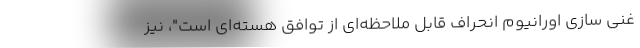
غنی سازی اورانیوم انحراف قابل ملاحظه‌ای از توافق هسته‌ای است"، نیز